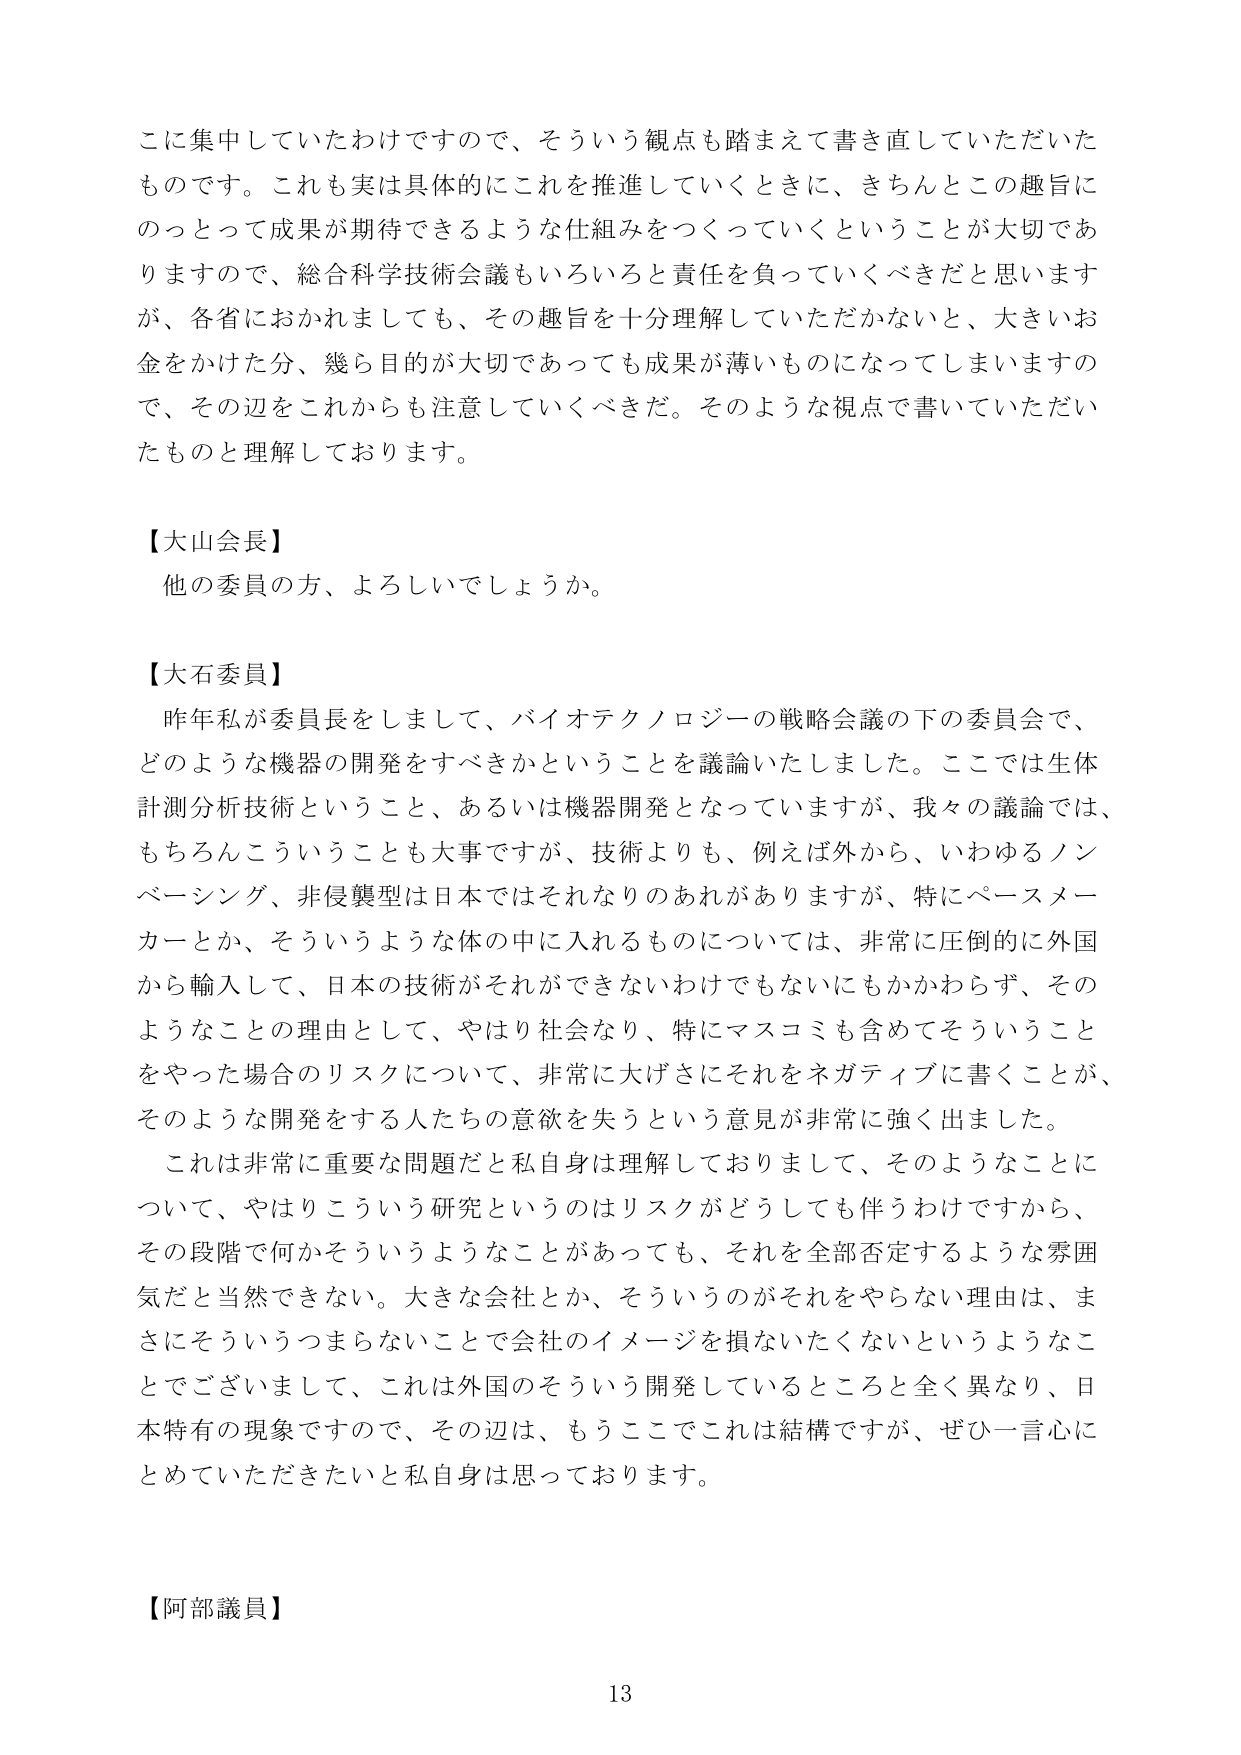
こに集中していたわけですので、そういう観点も踏まえて書き直していただいたものです。これも実は具体的にこれを推進していくときに、きちんとこの趣旨にのっとって成果が期待できるような仕組みをつくっていくということが大切でありますので、総合科学技術会議もいろいろと責任を負っていくべきだと思いますが、各省におかれましても、その趣旨を十分理解していただかないと、大きいお金をかけた分、幾ら目的が大切であっても成果が薄いものになってしまいますので、その辺をこれからも注意していくべきだ。そのような視点で書いていただいたものと理解しております。

【大山会長】
他の委員の方、よろしいでしょうか。

【大石委員】
昨年私が委員長をしまして、バイオテクノロジーの戦略会議の下の委員会で、どのような機器の開発をすべきかということを議論いたしました。ここでは生体計測分析技術ということ、あるいは機器開発となっていますが、我々の議論では、もちろんこういうことも大事ですが、技術よりも、例えば外から、いわゆるノンベーシング、非侵襲型は日本ではそれなりのあれがありますが、特にペースメーカーとか、そういうような体の中に入れるものについては、非常に圧倒的に外国から輸入して、日本の技術がそれができないわけでもないにもかかわらず、そのようなことの理由として、やはり社会なり、特にマスコミも含めてそういうことをやった場合のリスクについて、非常に大げさにそれをネガティブに書くことが、そのような開発をする人たちの意欲を失うという意見が非常に強く出ました。
これは非常に重要な問題だと私自身は理解しておりまして、そのようなことについて、やはりこういう研究というのはリスクがどうしても伴うわけですから、その段階で何かそういうようなことがあっても、それを全部否定するような雰囲気だと当然できない。大きな会社とか、そういうのがそれをやらない理由は、まさにそういうつまらないことで会社のイメージを損ないたくないというようなことでございまして、これは外国のそういう開発しているところと全く異なり、日本特有の現象ですので、その辺は、もうここでこれは結構ですが、ぜひ一言心にとめていただきたいと私自身は思っております。

【阿部議員】
13